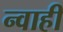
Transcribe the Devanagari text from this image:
न्वाही